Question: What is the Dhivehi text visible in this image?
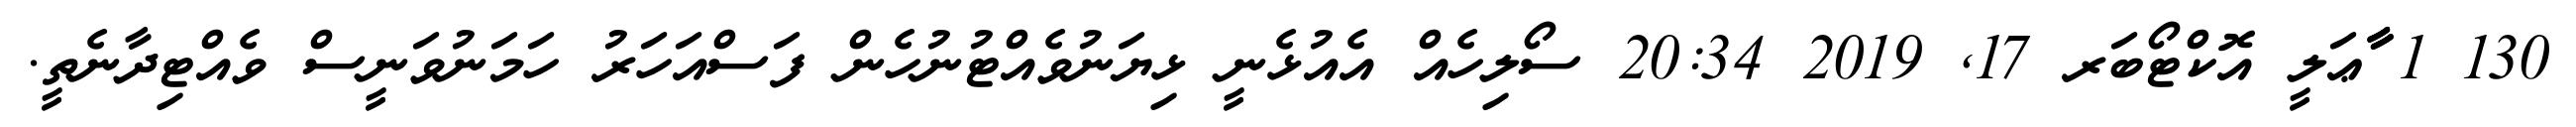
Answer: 130 1 ާާާޢަލީ އޮކްޓޯބަރ 17, 2019 20:34 ސޯލިހެއް އެއުޅެނީ ޅިޔަނުވެއްޓުނުހެން ފަސްއަހަރު ހަމަނުވަނީސް ވެއްޓިދާނެތީ.